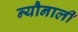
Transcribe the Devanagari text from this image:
न्यौनाली